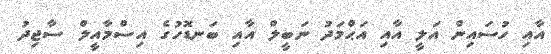
އާއި ހުސައިން އަލީ އާއި އަޙްމަދު ނަބީލް އާއި ބަނޑޮހުގެ އިސްމާއީލް ސާޖިދު